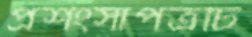
প্রশংসাপত্রটি